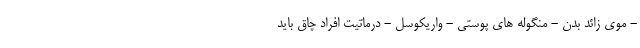
- موی زائد بدن - منگوله های پوستی - واریکوسل - درماتیت افراد چاق باید